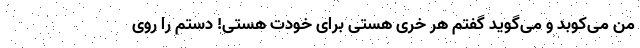
من می‌کوبد و می‌گوید گفتم هر خری هستی برای خودت هستی! دستم را روی